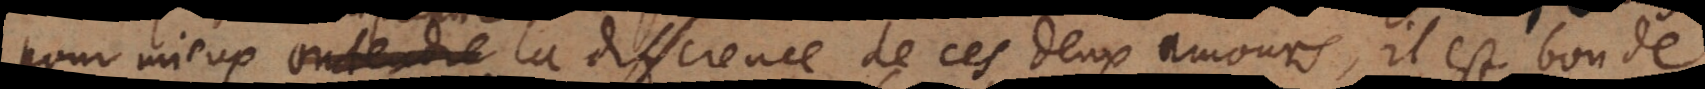
re la difference de ces deux amours, il est bon de